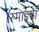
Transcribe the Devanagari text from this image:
रुमाइयाँ